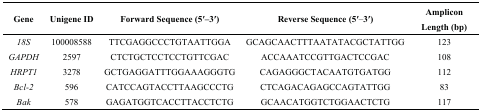
| Gene | Unigene ID | Forward Sequence (5′–3′) | Reverse Sequence (5′–3′) | Amplicon Length (bp) |
 | --- | --- | --- | --- | --- |
 | 18S | 100008588 | TTCGAGGCCCTGTAATTGGA | GCAGCAACTTTAATATACGCTATTGG | 123 |
 | GAPDH | 2597 | CTCTGCTCCTCCTGTTCGAC | ACCAAATCCGTTGACTCCGAC | 108 |
 | HRPT1 | 3278 | GCTGAGGATTTGGAAAGGGTG | CAGAGGGCTACAATGTGATGG | 112 |
 | Bcl-2 | 596 | CATCCAGTACCTTAAGCCCTG | CTCAGACAGAGCCAGTATTGG | 83 |
 | Bak | 578 | GAGATGGTCACCTTACCTCTG | GCAACATGGTCTGGAACTCTG | 117 |